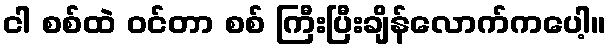
ငါ စစ်ထဲ ဝင်တာ စစ် ကြီးပြီးချိန်လောက်ကပေါ့။